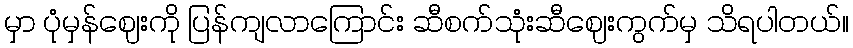
မှာ ပုံမှန်ဈေးကို ပြန်ကျလာကြောင်း ဆီစက်သုံးဆီဈေးကွက်မှ သိရပါတယ်။